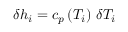
\delta h _ { i } = c _ { p } \left( T _ { i } \right) \, \delta T _ { i }